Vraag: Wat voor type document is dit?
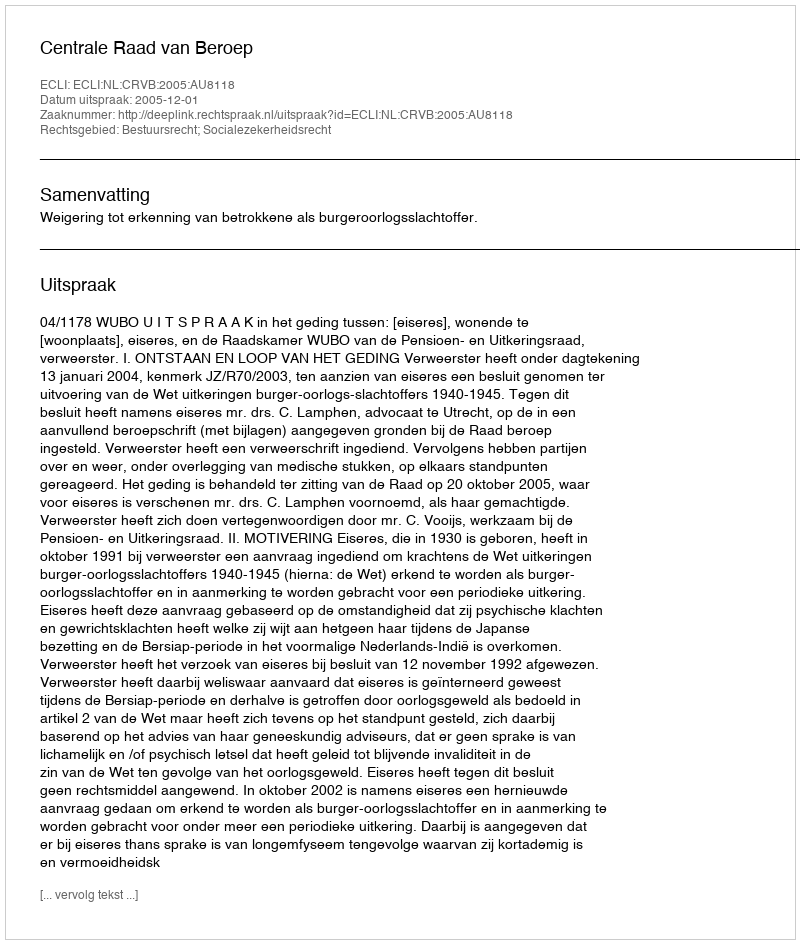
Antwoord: Uitspraak